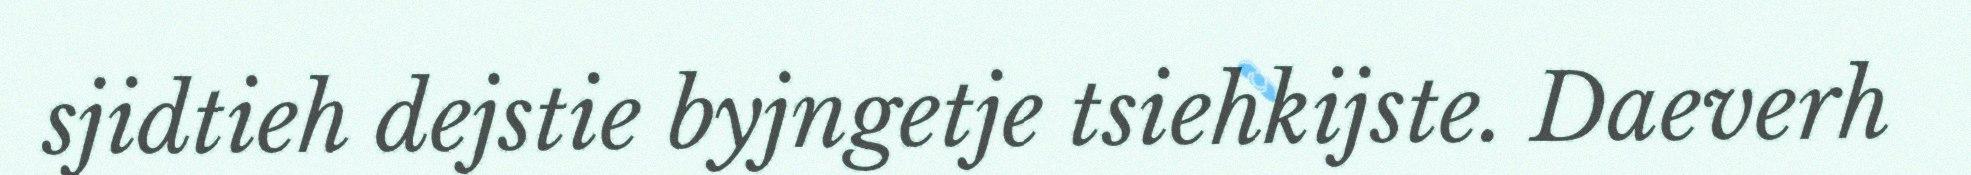
sjidtieh dejstie byjngetje tsiehkijste. Daeverh